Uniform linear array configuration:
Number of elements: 24
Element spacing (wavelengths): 0.75
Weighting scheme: blackman
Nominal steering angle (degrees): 45
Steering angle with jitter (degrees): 46.182
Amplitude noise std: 0.05
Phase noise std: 0.05

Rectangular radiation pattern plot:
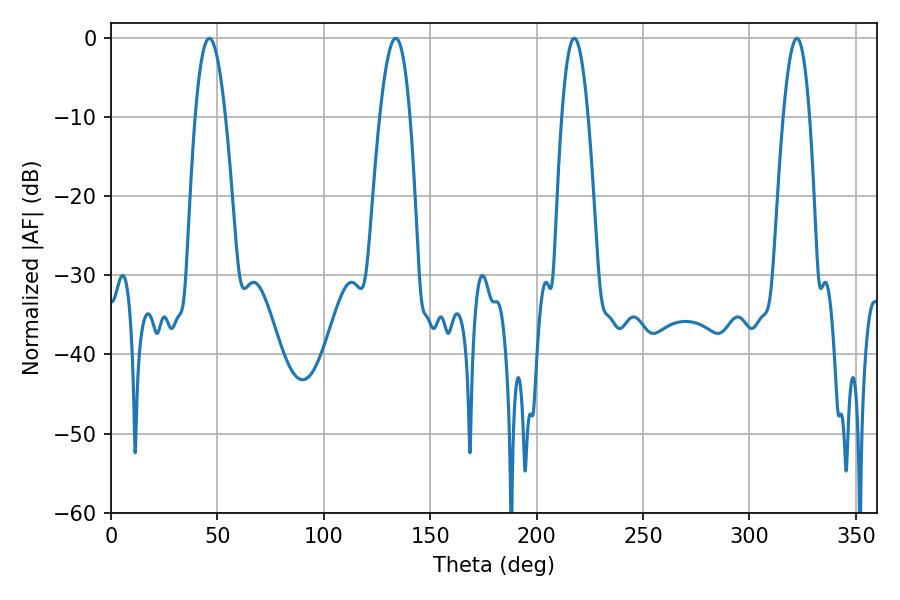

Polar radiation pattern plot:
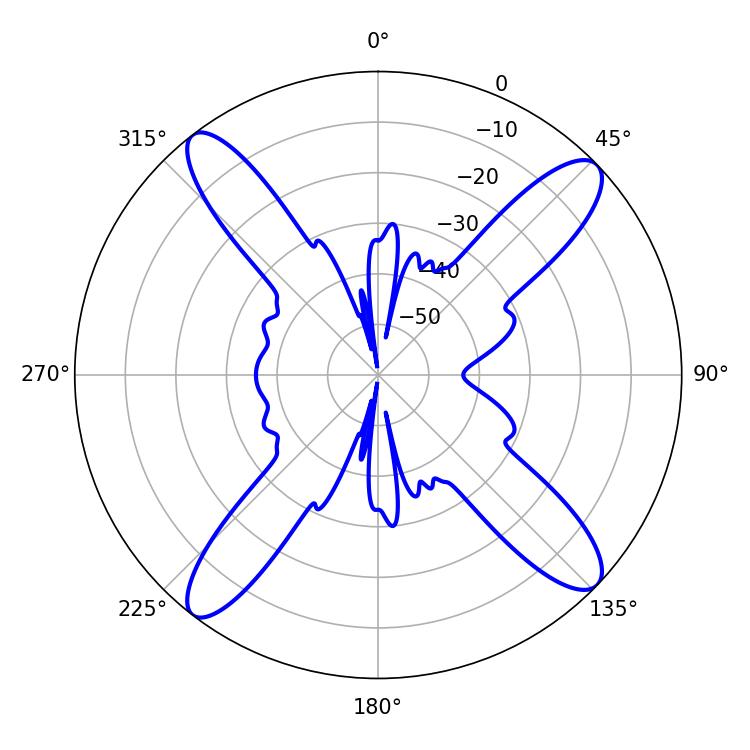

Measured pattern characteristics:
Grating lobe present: TRUE
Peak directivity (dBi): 15.547
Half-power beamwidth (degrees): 7.74
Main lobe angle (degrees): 46.26